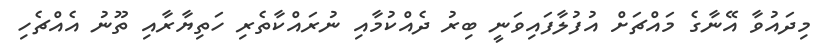
މިދައުވާ އޭނާގެ މައްޗަށް އުފުލާފައިވަނީ ބިރު ދެއްކުމާއި ނުރައްކާތެރި ހަތިޔާރާއި ތޫނު އެއްޗެހި